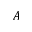
A